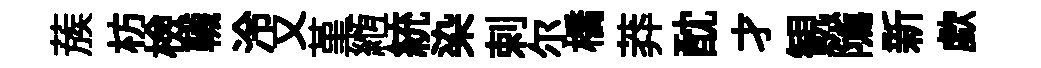
蔟枋檢韈泠又堇縆統染剌尔橋莽酖才観隲新歔